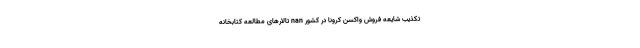
تکذیب شایعه فروش واکسن کرونا در کشور nan تالارهای مطالعه کتابخانه